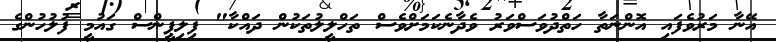
އޭނާ މަރުވެފައި އޮންނަތާ ހަތްދުވަސްވަރު ވެދާނެކަމަށްވެސް ތަހްލީލުތަކުން ދައްކާ" ފިލިޕީންސް ގައުމީ ފުލުހުންގެ